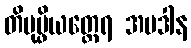
တိပုပ္ဖိယတ္ထေရ အပဒါန